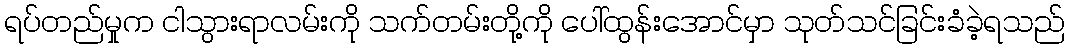
ရပ်တည်မှုက ငါသွားရာလမ်းကို သက်တမ်းတို့ကို ပေါ်ထွန်းအောင်မှာ သုတ်သင်ခြင်းခံခဲ့ရသည်